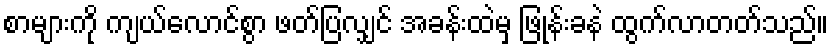
စာများကို ကျယ်လောင်စွာ ဖတ်ပြလျှင် အခန်းထဲမှ ဖြုန်းခနဲ ထွက်လာတတ်သည်။